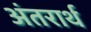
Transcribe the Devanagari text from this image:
अंतरार्थ